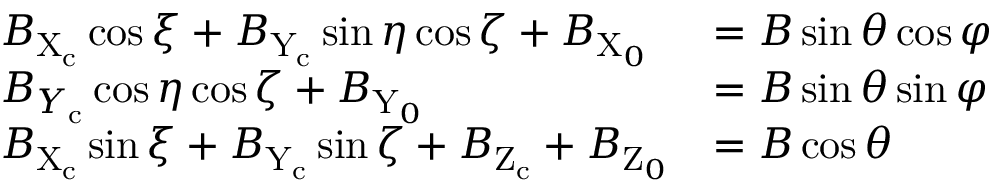
\begin{array} { l l } { B _ { \mathrm { X } _ { \mathrm { c } } } \cos \xi + B _ { \mathrm { Y } _ { \mathrm { c } } } \sin \eta \cos \zeta + B _ { \mathrm { X } _ { 0 } } } & { = B \sin \theta \cos \varphi } \\ { B _ { Y _ { \mathrm { c } } } \cos \eta \cos \zeta + B _ { \mathrm { Y } _ { 0 } } } & { = B \sin \theta \sin \varphi } \\ { B _ { \mathrm { X } _ { \mathrm { c } } } \sin \xi + B _ { \mathrm { Y } _ { \mathrm { c } } } \sin \zeta + B _ { \mathrm { Z } _ { \mathrm { c } } } + B _ { \mathrm { Z } _ { 0 } } } & { = B \cos \theta } \end{array}